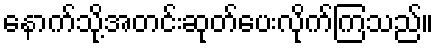
နောက်သို့အတင်းဆုတ်ပေးလိုက်ကြသည်။